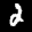
Label: 2